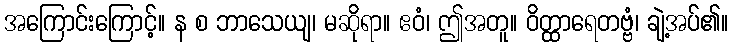
အကြောင်းကြောင့်။ န စ ဘာသေယျ၊ မဆိုရာ။ ဧဝံ၊ ဤအတူ။ ဝိတ္ထာရေတဗ္ဗံ၊ ချဲ့အပ်၏။